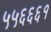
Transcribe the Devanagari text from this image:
५५६६६१